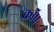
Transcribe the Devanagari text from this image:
काॅप